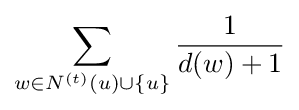
\sum _{w\in N^{(t)}(u)\cup \{u\}}{\frac {1}{d(w)+1}}